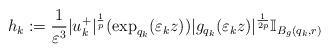
LaTeX: \begin{align*}h_{k}:=\frac{1}{\varepsilon^{3}}|u_{k}^{+}|^{\frac{1}{p}}(\exp_{q_{k}}(\varepsilon_{k}z))|g_{q_{k}}(\varepsilon_{k}z)|^{\frac{1}{2p}}\mathbb{I}_{B_{g}(q_{k},r)}\end{align*}